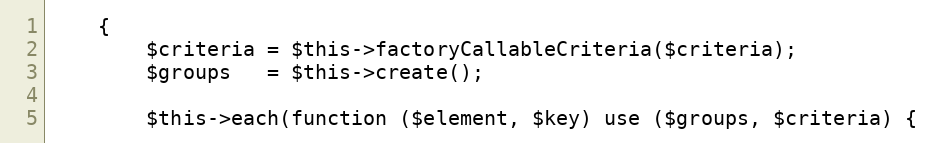
Language: PHP
    {
        $criteria = $this->factoryCallableCriteria($criteria);
        $groups   = $this->create();

        $this->each(function ($element, $key) use ($groups, $criteria) {